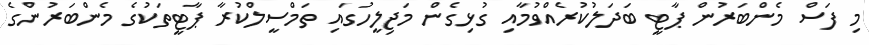
މި ފަސް މެންބަރުން ޕާޓީ ބަދަލުކުރެއްވުމާއި ގުޅިގެން މަޖިލީހުގައި ތަމްސީލްކުރާ ޕާޓީތަކުގެ މެންބަރުންގެ